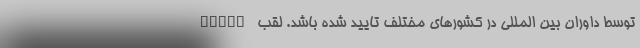
توسط داوران بین المللی در کشورهای مختلف تایید شده باشد. لقب EFIAP